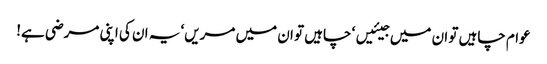
عوام چاہیں تو ان میں جیئیں‘ چاہیں تو ان میں مریں‘ یہ ان کی اپنی مرضی ہے!